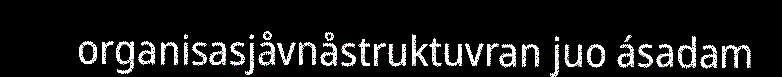
organisasjåvnåstruktuvran juo ásadam